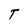
Character: T